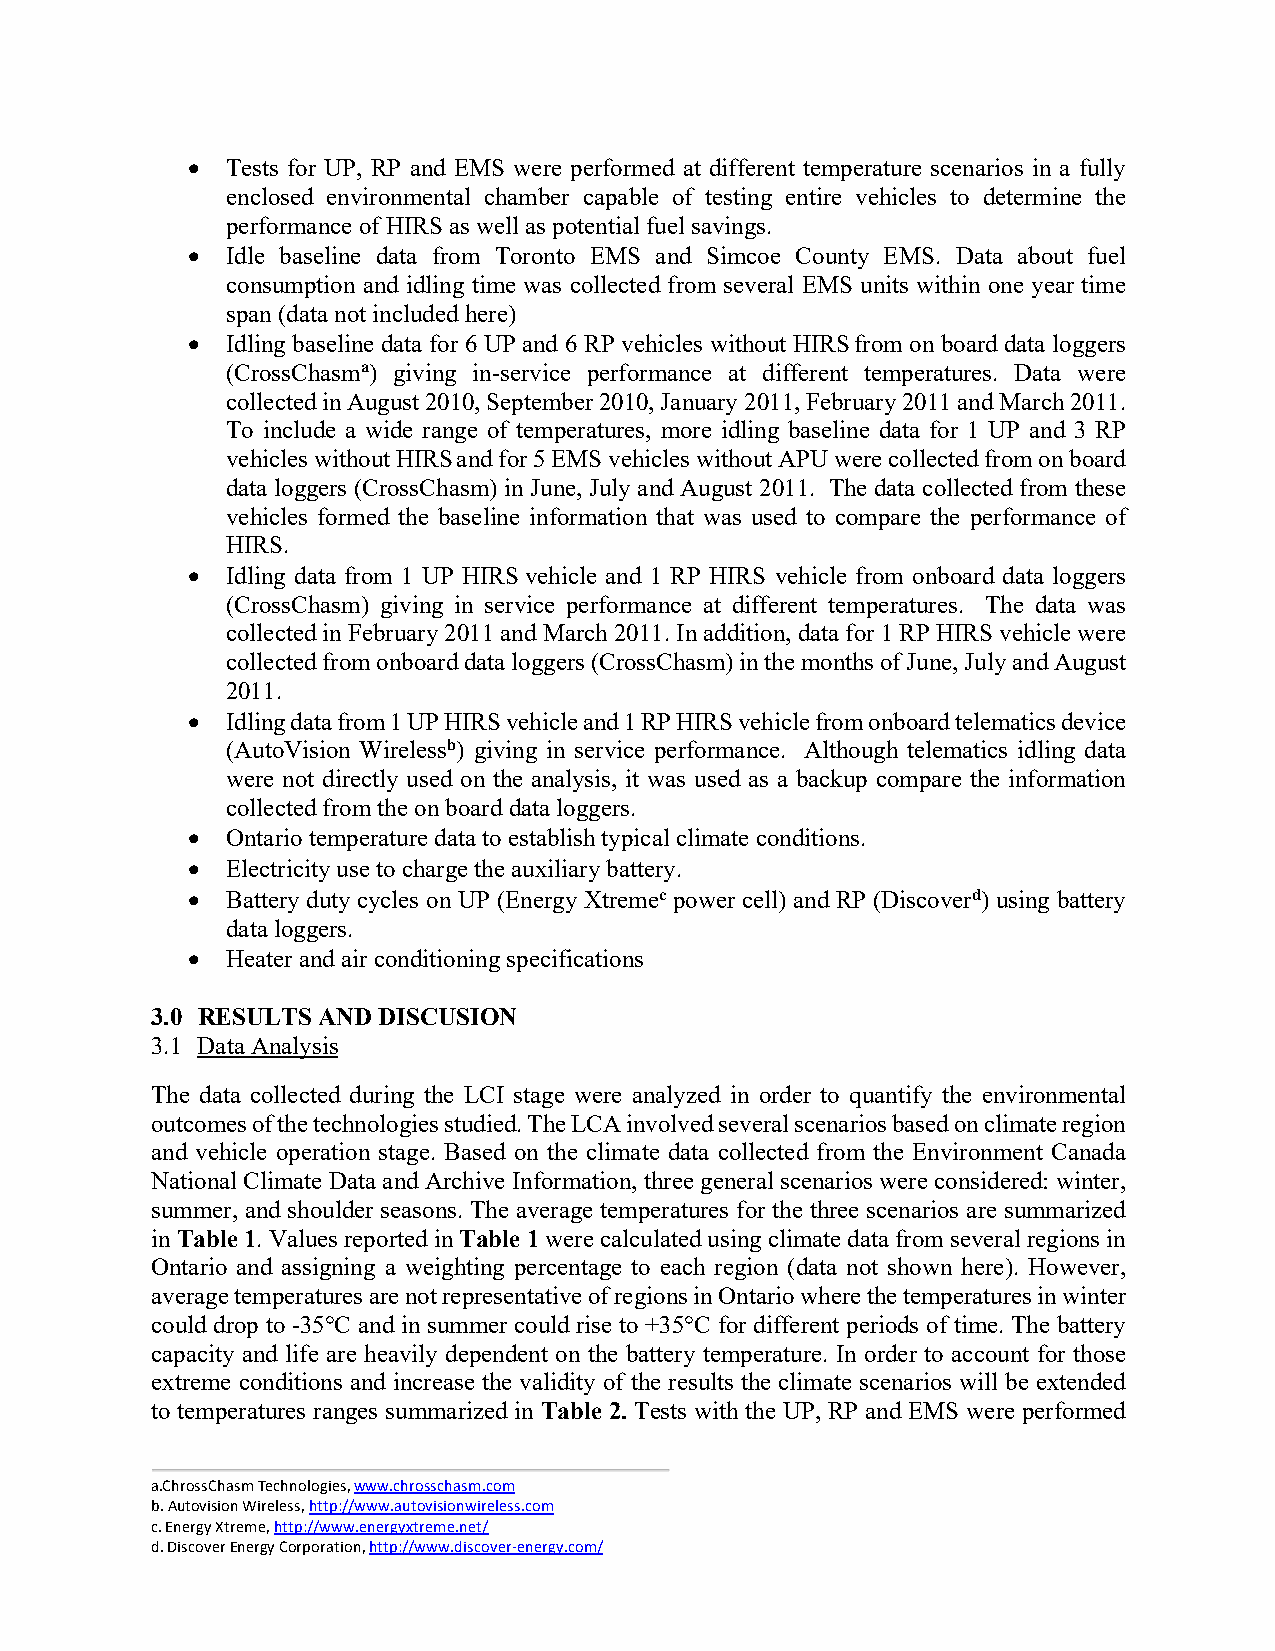
•  Tests for UP, RP and EMS were performed at different temperature scenarios in a fully
 enclosed environmental chamber capable of testing entire vehicles to determine the
 performance of HIRS as well as potential fuel savings.
 •  Idle baseline data from Toronto EMS and Simcoe County EMS. Data about fuel
 consumption and idling time was collected from several EMS units within one year time
 span (data not included here)
 •  Idling baseline data for 6 UP and 6 RP vehicles without HIRS from on board data loggers
 (CrossChasma) giving in-service performance at different temperatures. Data were
 collected in August 2010, September 2010, January 2011, February 2011 and March 2011.
 To include a wide range of temperatures, more idling baseline data for 1 UP and 3 RP
 vehicles without HIRS and for 5 EMS vehicles without APU were collected from on board
 data loggers (CrossChasm) in June, July and August 2011. The data collected from these
 vehicles formed the baseline information that was used to compare the performance of
 HIRS.
 •  Idling data from 1 UP HIRS vehicle and 1 RP HIRS vehicle from onboard data loggers
 (CrossChasm) giving in service performance at different temperatures. The data was
 collected in February 2011 and March 2011. In addition, data for 1 RP HIRS vehicle were
 collected from onboard data loggers (CrossChasm) in the months of June, July and August
 2011.
 •  Idling data from 1 UP HIRS vehicle and 1 RP HIRS vehicle from onboard telematics device
 (AutoVision Wirelessb) giving in service performance. Although telematics idling data
 were not directly used on the analysis, it was used as a backup compare the information
 collected from the on board data loggers.
 •  Ontario temperature data to establish typical climate conditions.
 •  Electricity use to charge the auxiliary battery.
 •  Battery duty cycles on UP (Energy Xtremec power cell) and RP (Discoverd) using battery
 data loggers.
 •  Heater and air conditioning specifications
 3.0 RESULTS AND DISCUSION
 3.1 Data Analysis
 The data collected during the LCI stage were analyzed in order to quantify the environmental
 outcomes of the technologies studied. The LCA involved several scenarios based on climate region
 and vehicle operation stage. Based on the climate data collected from the Environment Canada
 National Climate Data and Archive Information, three general scenarios were considered: winter,
 summer, and shoulder seasons. The average temperatures for the three scenarios are summarized
 in Table 1. Values reported in Table 1 were calculated using climate data from several regions in
 Ontario and assigning a weighting percentage to each region (data not shown here). However,
 average temperatures are not representative of regions in Ontario where the temperatures in winter
 could drop to -35°C and in summer could rise to +35°C for different periods of time. The battery
 capacity and life are heavily dependent on the battery temperature. In order to account for those
 extreme conditions and increase the validity of the results the climate scenarios will be extended
 to temperatures ranges summarized in Table 2. Tests with the UP, RP and EMS were performed
 a.ChrossChasm Technologies, www.chrosschasm.com
 b. Autovision Wireless, http://www.autovisionwireless.com
 c. Energy Xtreme, http://www.energyxtreme.net/
 d. Discover Energy Corporation, http://www.discover-energy.com/